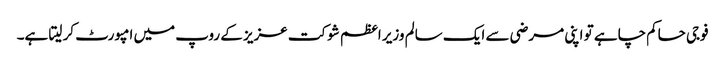
فوجی حاکم چاہے تو اپنی مرضی سے ایک سالم وزیر اعظم شوکت عزیز کے روپ میں امپورٹ کر لیتا ہے۔